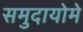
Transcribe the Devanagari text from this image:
समुदायोमे